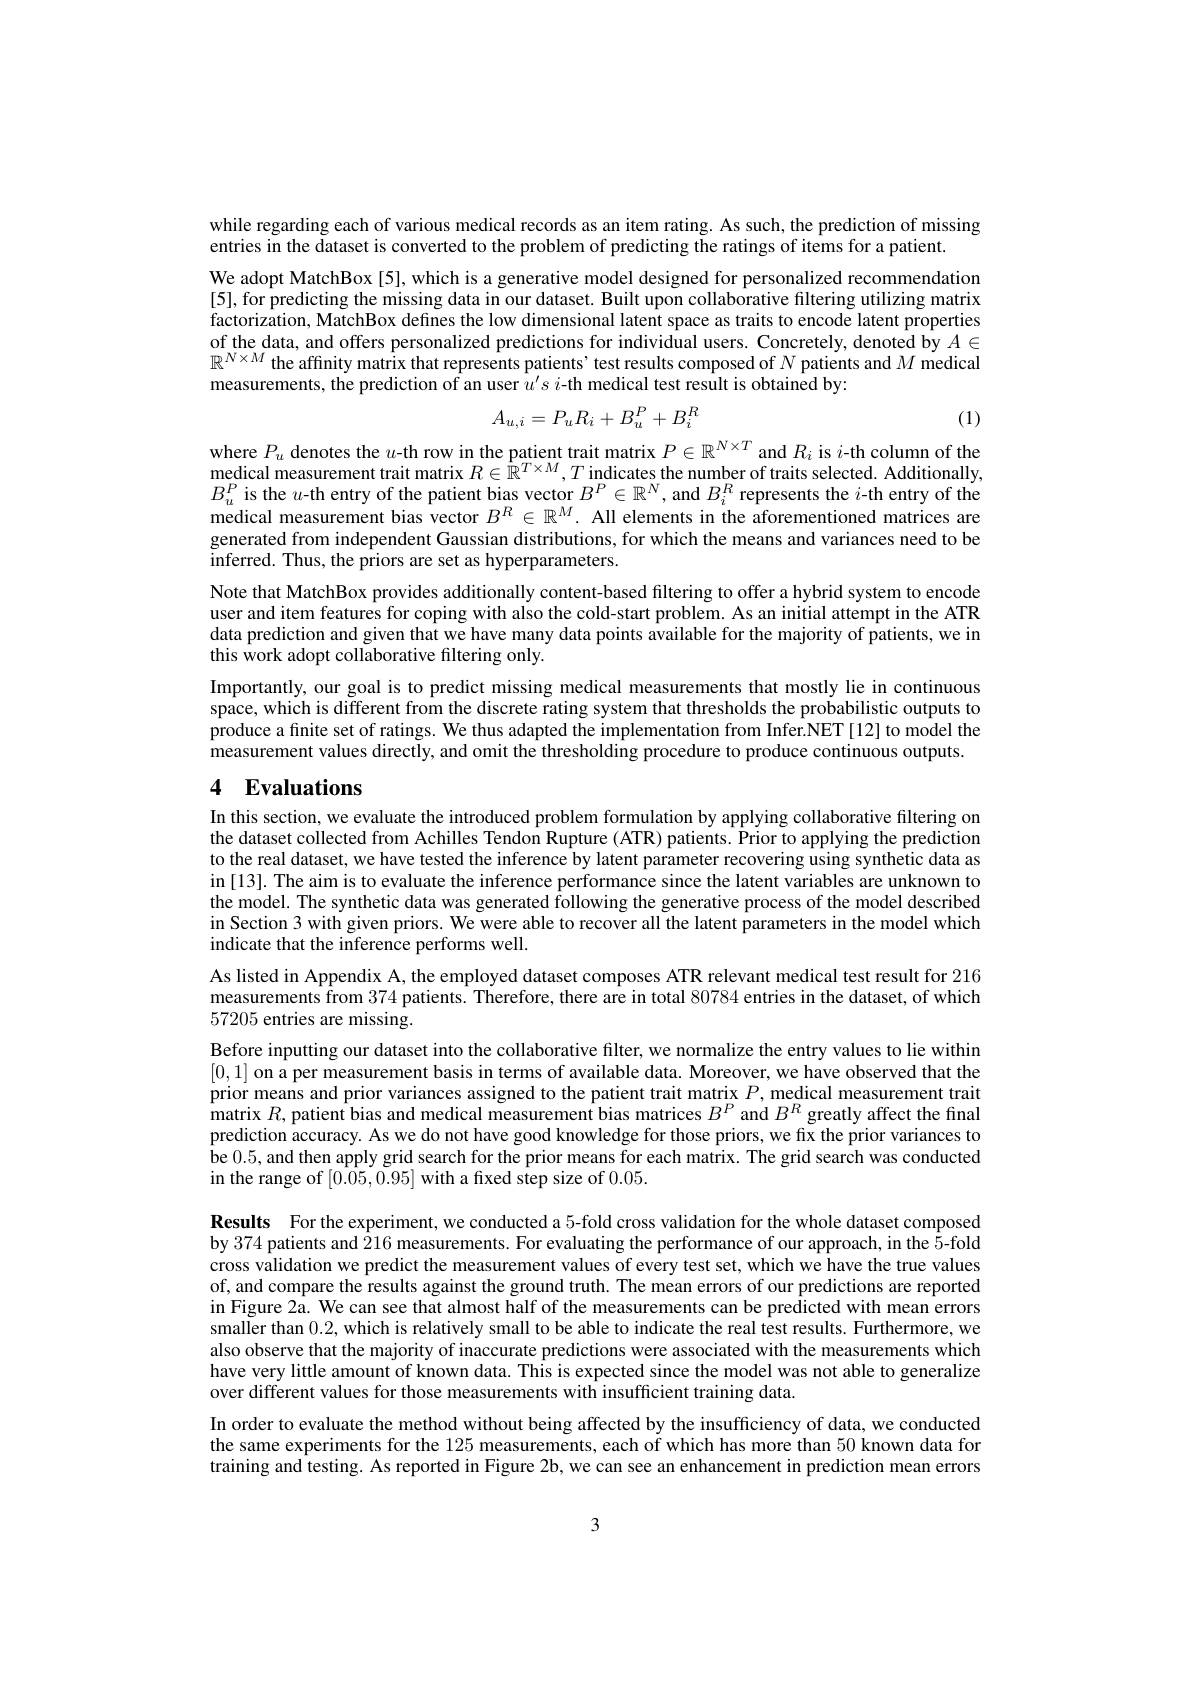
while regarding each of various medical records as an item rating. As such, the prediction of missing
entries in the dataset is converted to the problem of predicting the ratings of items for a patient.
We adopt MatchBox [5], which is a generative model designed for personalized recommendation [5], for predicting the missing data in our dataset. Built upon collaborative filtering utilizing matrix factorization, MatchBox defines the low dimensional latent space as traits to encode latent properties of the data, and offers personalized predictions for individual users. Concretely, denoted by $A\in$ $\mathbb{R}^{N\times M}$ the affinity matrix that represents patients' test results composed of $N$ patients and $M$ medical measurements, the prediction of an user $\hat{u}^{\prime}s$ i-th medical test result is obtained by:
$$A_{u,i}=P_{u}R_{i}+B_{u}^{P}+B_{i}^{R}$$
(1)

where $P_u$ denotes the $u$-th row in the patient trait matrix $P\in\mathbb{R}^N\times T$ and $R_i$ is $i$-th column of the medical measurement trait matrix $R\in\mathbb{R}^{T\times M},T$ indicates the number of traits selected. Additionally, $B_{u}^{P}$ is the $u$-th entry of the patient bias vector $B^P\in\mathbb{R}^N$, and $B_i^R$ represents the $i$-th entry of the medical measurement bias vector $B^R\in\mathbb{R}^M.$ All elements in the aforementioned matrices are generated from independent Gaussian distributions, for which the means and variances need to be inferred. Thus, the priors are set as hyperparameters.
Note that MatchBox provides additionally content-based filtering to offer a hybrid system to encode user and item features for coping with also the cold-start problem. As an initial attempt in the ATR data prediction and given that we have many data points available for the majority of patients, we in this work adopt collaborative filtering only.
Importantly, our goal is to predict missing medical measurements that mostly lie in continuous space, which is different from the discrete rating system that thresholds the probabilistic outputs to produce a finite set of ratings. We thus adapted the implementation from Infer.NET[12] to model the measurement values directly, and omit the thresholding procedure to produce continuous outputs.

## 4 Evaluations

In this section, we evaluate the introduced problem formulation by applying collaborative filtering on the dataset collected from Achilles Tendon Rupture ( ATR) patients. Prior to applying the prediction to the real dataset, we have tested the inference by latent parameter recovering using synthetic data as in[13]. The aim is to evaluate the inference performance since the latent variables are unknown to the model. The synthetic data was generated following the generative process of the model described in Section 3 with given priors. We were able to recover all the latent parameters in the model which indicate that the inference performs well.
As listed in Appendix A, the employed dataset composes ATR relevant medical test result for 216 measurements from 374 patients. Therefore, there are in total 80784 entries in the dataset, of which 57205 entries are missing.

Before inputting our dataset into the collaborative filter, we normalize the entry values to lie within [0,1] on a per measurement basis in terms of available data. Moreover, we have observed that the prior means and prior variances assigned to the patient trait matrix $P$,medical measurement trait $\operatorname*{matrix}R$,patient bias and medical measurement bias matrices $B^P$ and $B^R$ greatly affect the final prediction accuracy. As we do not have good knowledge for those priors, we fix the prior variances to be 0.5, and then apply grid search for the prior means for each matrix. The grid search was conducted in the range of [0.05,0.95] with a fixed step size of 0.05.

Results For the experiment, we conducted a 5-fold cross validation for the whole dataset composed by 374 patients and $\hat{2}16$ measurements. For evaluating the performance of our approach, in the $\hat{5}$-fold cross validation we predict the measurement values of every test set, which we have the true values of, and compare the results against the ground truth. The mean errors of our predictions are reported in Figure 2a. We can see that almost half of the measurements can be predicted with mean errors smaller than 0.2, which is relatively small to be able to indicate the real test results. Furthermore, we also observe that the majority of inaccurate predictions were associated with the measurements which have very little amount of known data. This is expected since the model was not able to generalize over different values for those measurements with insufficient training data

In order to evaluate the method without being affected by the insufficiency of data, we conducted the same experiments for the 125 measurements, each of which has more than 50 known data for training and testing. As reported in Figure 2b, we can see an enhancement in prediction mean errors

3